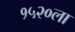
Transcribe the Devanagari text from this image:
१५२०ला